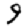
Digit: 9